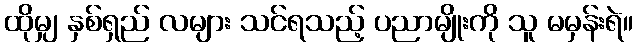
ထိုမျှ နှစ်ရှည် လများ သင်ရသည့် ပညာမျိုးကို သူ မမှန်းရဲ။